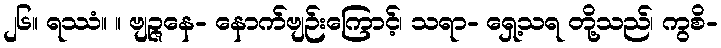
၂၆။ ရဿံ။ ။ ဗျဉ္ဇနေ- နောက်ဗျဉ်းကြောင့်၊ သရာ- ရှေ့သရ တို့သည်၊ ကွစိ-